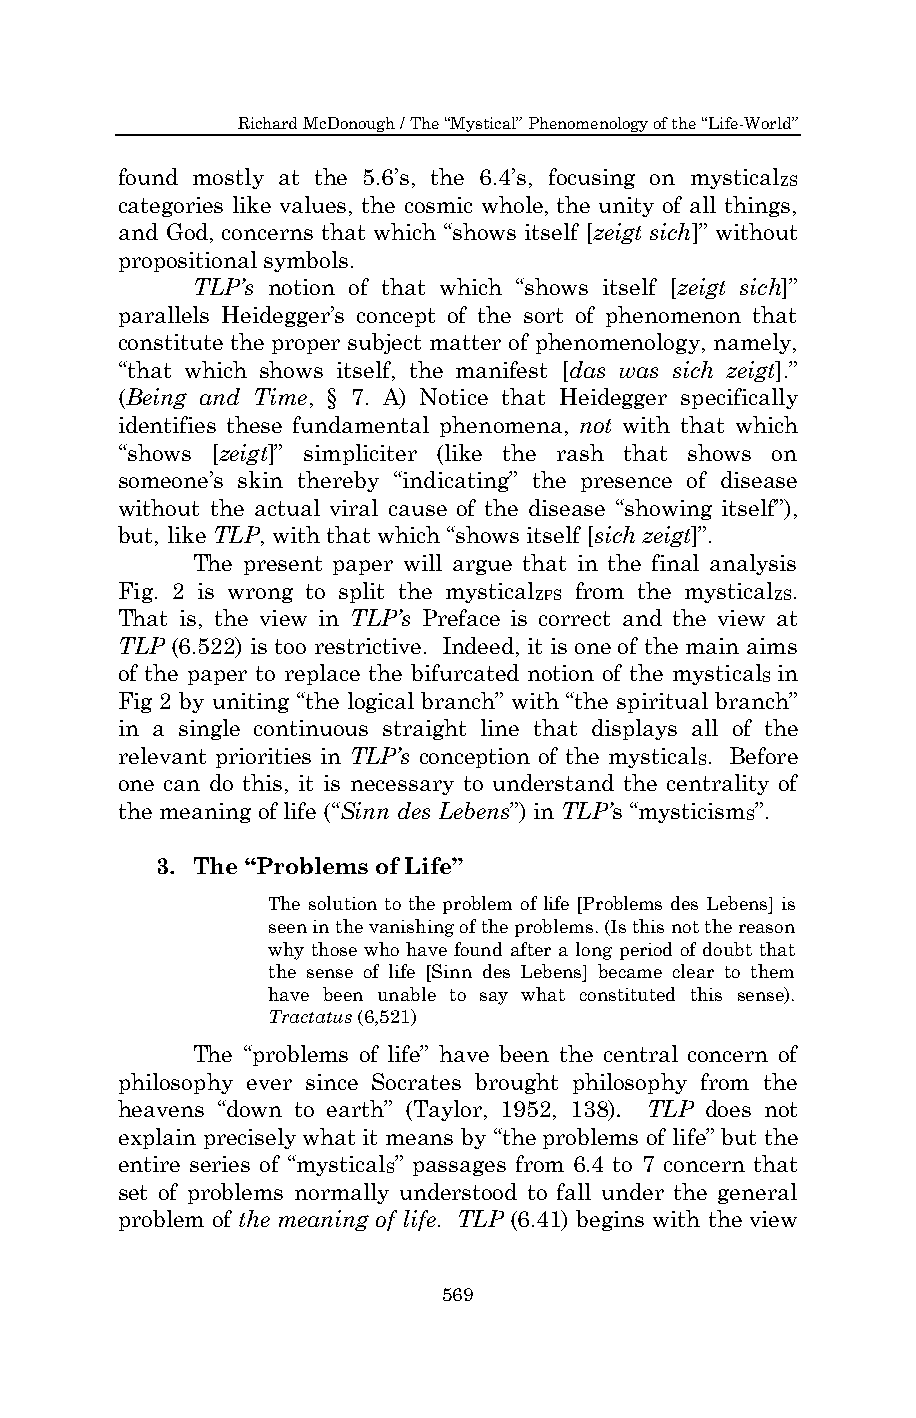
Richard McDonough / The “Mystical” Phenomenology of the “Life-World”
 found mostly at the 5.6’s, the 6.4’s, focusing on mystical
 ZS
 categories like values, the cosmic whole, the unity of all things,
 and God, concerns that which “shows itself [zeigt sich]” without
 propositional symbols.
 TLP’s notion of that which “shows itself [zeigt sich]”
 parallels Heidegger’s concept of the sort of phenomenon that
 constitute the proper subject matter of phenomenology, namely,
 “that which shows itself, the manifest [das was sich zeigt].”
 (Being and Time, § 7. A) Notice that Heidegger specifically
 identifies these fundamental phenomena, not with that which
 “shows [zeigt]” simpliciter (like the rash that shows on
 someone’s skin thereby “indicating” the presence of disease
 without the actual viral cause of the disease “showing itself”),
 but, like TLP, with that which “shows itself [sich zeigt]”.
 The present paper will argue that in the final analysis
 Fig. 2 is wrong to split the mystical from the mystical .
 ZPS             ZS
 That is, the view in TLP’s Preface is correct and the view at
 TLP (6.522) is too restrictive. Indeed, it is one of the main aims
 of the paper to replace the bifurcated notion of the mystical in
 S
 Fig 2 by uniting “the logical branch” with “the spiritual branch”
 in a single continuous straight line that displays all of the
 relevant priorities in TLP’s conception of the mystical . Before
 S
 one can do this, it is necessary to understand the centrality of
 the meaning of life (“Sinn des Lebens”) in TLP’s “mysticism ”.
 S
 3. The “Problems of Life”
 The solution to the problem of life [Problems des Lebens] is
 seen in the vanishing of the problems. (Is this not the reason
 why those who have found after a long period of doubt that
 the sense of life [Sinn des Lebens] became clear to them
 have been unable to say what constituted this sense).
 Tractatus (6,521)
 The “problems of life” have been the central concern of
 philosophy ever since Socrates brought philosophy from the
 heavens “down to earth” (Taylor, 1952, 138). TLP does not
 explain precisely what it means by “the problems of life” but the
 entire series of “mystical ” passages from 6.4 to 7 concern that
 S
 set of problems normally understood to fall under the general
 problem of the meaning of life. TLP (6.41) begins with the view
 569